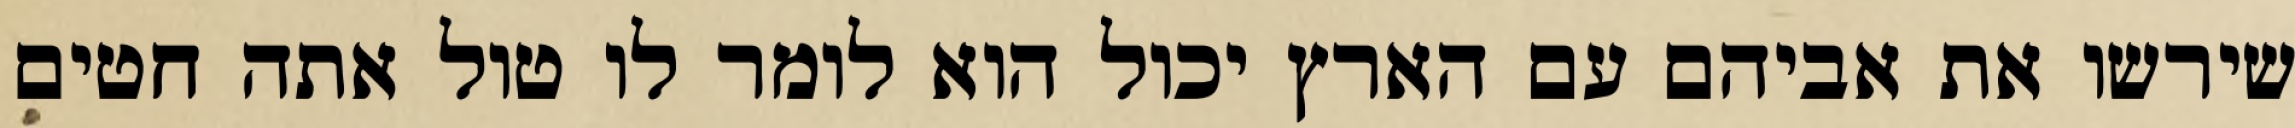
שירשו את אביהם עם הארץ יכול הוא לומר לו טול אתה חטים